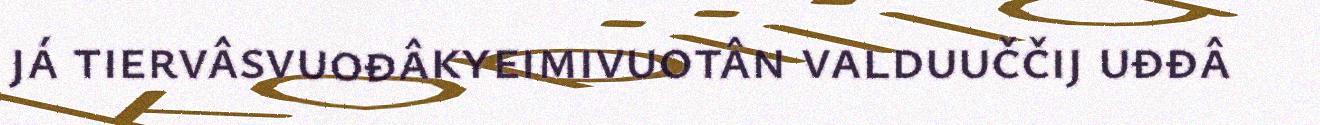
já tiervâsvuođâkyeimivuotân valduuččij uđđâ